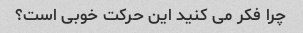
چرا فکر می کنید این حرکت خوبی است؟